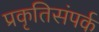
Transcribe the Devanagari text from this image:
प्रकृतिसंपर्क